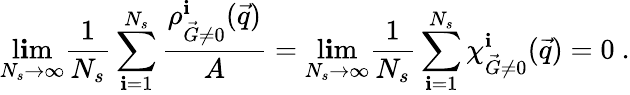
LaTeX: \operatorname*{l\mathbf{i}m}_{N_{s}\to\infty}\frac{{1}}{{N_{s}}}\sum_{\mathbf{i}=1}^{N_{s}}\frac{{{\rho_{\vec{{G}}\neq0}^{\mathbf{i}}(\vec{{q}})}}}{{A}}=\operatorname*{l\mathbf{i}m}_{N_{s}\to\infty}\frac{{1}}{{N_{s}}}\sum_{\mathbf{i}=1}^{N_{s}}{\chi_{\vec{{G}}\neq0}^{\mathbf{i}}(\vec{{q}})}=0\ .